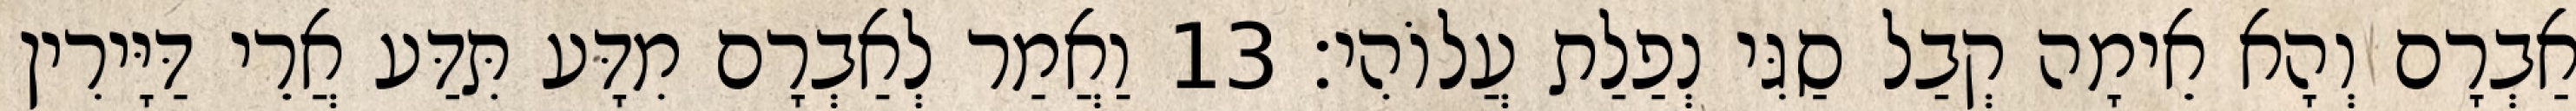
אַבְרָם וְהָא אֵימָה קְבַל סַגִּי נְפַלַת עֲלוֹהִי׃ 13 וַאֲמַר לְאַבְרָם מִדָּע תִּדַּע אֲרֵי דַּיָּירִין